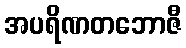
အပရိဏတဘောဇီ